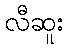
လီဆူး